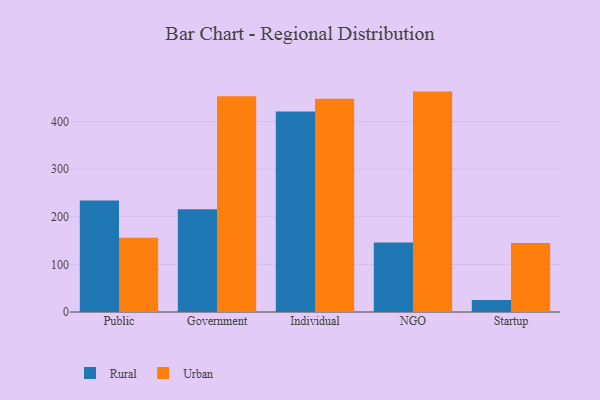
{"axis": {"x": "Segment", "y": "Bounce Rate (%)"}, "legend": ["Rural", "Urban"], "data": [{"x": "Public", "y": 233.9, "type": "Rural"}, {"x": "Public", "y": 155.7, "type": "Urban"}, {"x": "Government", "y": 215.5, "type": "Rural"}, {"x": "Government", "y": 453.0, "type": "Urban"}, {"x": "Individual", "y": 420.8, "type": "Rural"}, {"x": "Individual", "y": 447.5, "type": "Urban"}, {"x": "NGO", "y": 145.8, "type": "Rural"}, {"x": "NGO", "y": 462.7, "type": "Urban"}, {"x": "Startup", "y": 25.1, "type": "Rural"}, {"x": "Startup", "y": 144.7, "type": "Urban"}]}